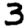
Digit: 3